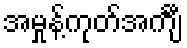
အမှုန့်ကုတ်အင်္ကျီ